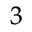
^ 3